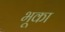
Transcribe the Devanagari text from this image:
भूका